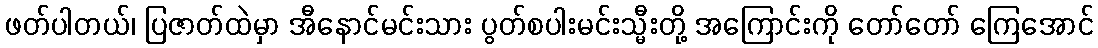
ဖတ်ပါတယ်၊ ပြဇာတ်ထဲမှာ အီနောင်မင်းသား ပွတ်စပါးမင်းသ္မီးတို့ အကြောင်းကို တော်တော် ကြေအောင်